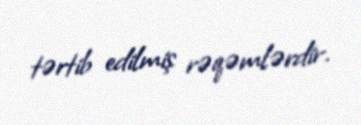
tərtib edilmiş rəqəmlərdir.